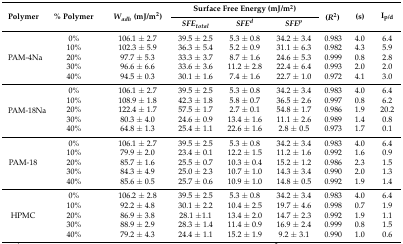
<table><thead><tr><td rowspan="2"><b>Polymer</b></td><td rowspan="2"><b>% Polymer </b></td><td rowspan="2"><b><i>W<sub>adh</sub></i> (mJ/m<sup>2</sup>)</b></td><td colspan="3"><b>Surface Free Energy (mJ/m<sup>2</sup>) </b></td><td rowspan="2"><b>(<i>R</i><sup>2</sup>)</b></td><td rowspan="2"><b>(s)</b></td><td rowspan="2"><b>I<sub>p/d</sub></b></td></tr><tr><td><b><i>SFE<sub>total</sub></i></b></td><td><b><i>SFE<sup>d</sup></i></b></td><td><b><i>SFE<sup>p</sup></i></b></td></tr></thead><tbody><tr><td rowspan="5">PAM-4Na</td><td>0%</td><td>106.1 ± 2.7</td><td>39.5 ± 2.5</td><td>5.3 ± 0.8</td><td>34.2 ± 3.4</td><td>0.983</td><td>4.0</td><td>6.4</td></tr><tr><td>10%</td><td>102.3 ± 5.9</td><td>36.3 ± 5.4</td><td>5.2 ± 0.9</td><td>31.1 ± 6.3</td><td>0.982</td><td>4.3</td><td>5.9</td></tr><tr><td>20%</td><td>97.7 ± 5.3</td><td>33.3 ± 3.7</td><td>8.7 ± 1.6</td><td>24.6 ± 5.3</td><td>0.999</td><td>0.8</td><td>2.8</td></tr><tr><td>30%</td><td>96.6 ± 6.6</td><td>33.6 ± 3.6</td><td>11.2 ± 2.8</td><td>22.4 ± 6.4</td><td>0.993</td><td>2.0</td><td>2.0</td></tr><tr><td>40%</td><td>94.5 ± 0.3</td><td>30.1 ± 1.6</td><td>7.4 ± 1.6</td><td>22.7 ± 1.0</td><td>0.972</td><td>4.1</td><td>3.0</td></tr><tr><td rowspan="5">PAM-18Na</td><td>0%</td><td>106.1 ± 2.7</td><td>39.5 ± 2.5</td><td>5.3 ± 0.8</td><td>34.2 ± 3.4</td><td>0.983</td><td>4.0</td><td>6.4</td></tr><tr><td>10%</td><td>108.9 ± 1.8</td><td>42.3 ± 1.8</td><td>5.8 ± 0.7</td><td>36.5 ± 2.6</td><td>0.997</td><td>0.8</td><td>6.2</td></tr><tr><td>20%</td><td>122.4 ± 1.7</td><td>57.5 ± 1.7</td><td>2.7 ± 0.1</td><td>54.8 ± 1.7</td><td>0.986</td><td>1.9</td><td>20.2</td></tr><tr><td>30%</td><td>80.3 ± 4.0</td><td>24.6 ± 0.9</td><td>13.4 ± 1.6</td><td>11.1 ± 2.6</td><td>0.989</td><td>1.4</td><td>0.8</td></tr><tr><td>40%</td><td>64.8 ± 1.3</td><td>25.4 ± 1.1</td><td>22.6 ± 1.6</td><td>2.8 ± 0.5</td><td>0.973</td><td>1.7</td><td>0.1</td></tr><tr><td rowspan="5">PAM-18</td><td>0%</td><td>106.1 ± 2.7</td><td>39.5 ± 2.5</td><td>5.3 ± 0.8</td><td>34.2 ± 3.4</td><td>0.983</td><td>4.0</td><td>6.4</td></tr><tr><td>10%</td><td>79.9 ± 2.0</td><td>23.4 ± 0.1</td><td>12.2 ± 1.5</td><td>11.2 ± 1.6</td><td>0.992</td><td>1.6</td><td>0.9</td></tr><tr><td>20%</td><td>85.7 ± 1.6</td><td>25.5 ± 0.7</td><td>10.3 ± 0.4</td><td>15.2 ± 1.2</td><td>0.986</td><td>2.3</td><td>1.5</td></tr><tr><td>30%</td><td>84.3 ± 4.9</td><td>25.0 ± 2.3</td><td>10.7 ± 1.0</td><td>14.3 ± 3.4</td><td>0.990</td><td>2.0</td><td>1.3</td></tr><tr><td>40%</td><td>85.6 ± 0.5</td><td>25.7 ± 0.6</td><td>10.9 ± 1.0</td><td>14.8 ± 0.5</td><td>0.992</td><td>1.9</td><td>1.4</td></tr><tr><td rowspan="5">HPMC</td><td>0%</td><td>106.2 ± 2.8</td><td>39.5 ± 2.5</td><td>5.3 ± 0.8</td><td>34.2 ± 3.4</td><td>0.983</td><td>4.0</td><td>6.4</td></tr><tr><td>10%</td><td>92.2 ± 4.8</td><td>30.1 ± 2.2</td><td>10.4 ± 2.5</td><td>19.7 ± 4.6</td><td>0.998</td><td>0.7</td><td>1.9</td></tr><tr><td>20%</td><td>86.9 ± 3.8</td><td>28.1 ±1.1</td><td>13.4 ± 2.0</td><td>14.7 ± 2.3</td><td>0.992</td><td>1.9</td><td>1.1</td></tr><tr><td>30%</td><td>88.9 ± 2.9</td><td>28.3 ± 1.4</td><td>11.4 ± 0.9</td><td>16.9 ± 2.4</td><td>0.999</td><td>0.8</td><td>1.5</td></tr><tr><td>40%</td><td>79.2 ± 4.3</td><td>24.4 ± 1.1</td><td>15.2 ± 1.9</td><td>9.2 ± 3.1</td><td>0.990</td><td>1.0</td><td>0.6</td></tr></tbody></table>